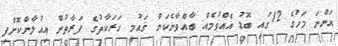
އަންނަ މަހުގެ 12ގައި ބޮޑު އެއްވުމެއް ބާއްވާނެކަން ޤައުމީ ހަރަކާތުގެ ފަރާތުން އިއުލާންކޮށްފި